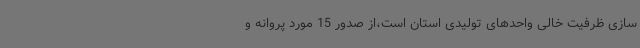
سازی ظرفیت خالی واحدهای تولیدی استان است،از صدور 15 مورد پروانه و